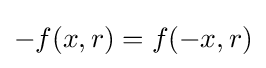
-f(x,r)=f(-x,r)